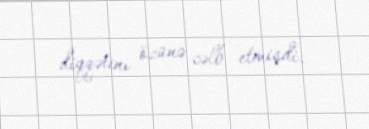
diqqətini özünə cəlb etmişdi.